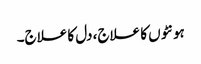
ہونٹوں کا علاج، دل کا علاج۔